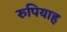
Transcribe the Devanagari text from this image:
रुपियाह